King Institute of Preventive Medicine Bacteriolog. Section reports 1907-08
Year: 1907
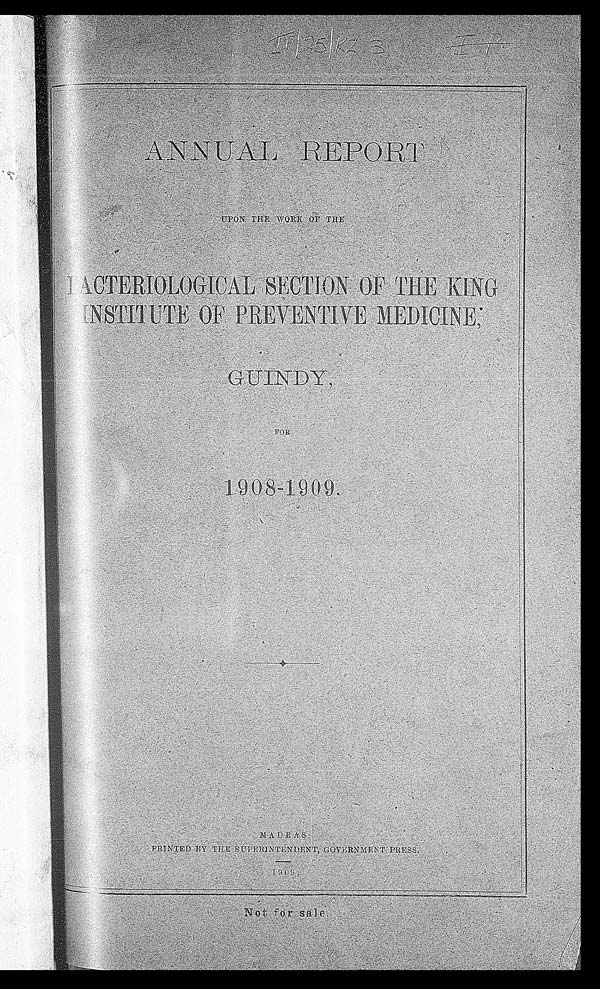
A N N U A L R E P O R TU
P O N T H E W O R K O F T H E B A C T E R I O L O G I C A L S E C T I O N O F T H E K I N G I N S T U T I T E O F P R E V E N T I R E M E D I C I N E ,
GUI NDY, F O R
1 9 0 8 - 1 9 0 9 . M A D R A S : P R I N T E D B Y T H E S U P E R I N T E N D E N T , G O V E R N M E N T P R E S S . 1 9 0 9 .
No t f o r s a l e .